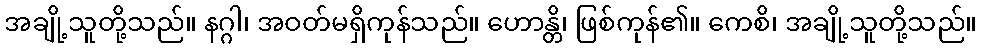
အချို့သူတို့သည်။ နဂ္ဂါ၊ အဝတ်မရှိကုန်သည်။ ဟောန္တိ၊ ဖြစ်ကုန်၏။ ကေစိ၊ အချို့သူတို့သည်။